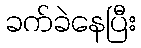
ခက်ခဲနေပြီး